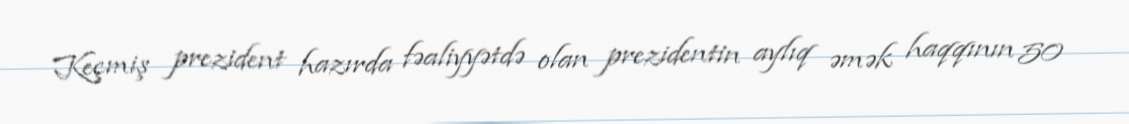
Keçmiş prezident hazırda fəaliyyətdə olan prezidentin aylıq əmək haqqının 50